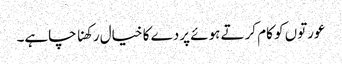
عورتوں کو کام کرتے ہوئے پردے کا خیال رکھنا چاہے۔